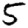
Digit: 5